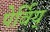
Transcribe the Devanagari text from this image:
पेर्विय्